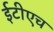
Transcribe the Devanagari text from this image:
ईटीएच